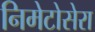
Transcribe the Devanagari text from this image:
निमेटोसेरा